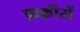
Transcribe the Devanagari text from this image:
फ़क़ीरों